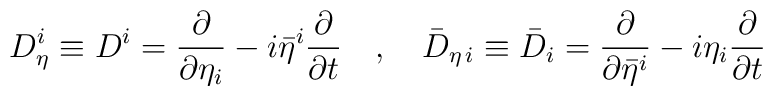
D_\eta^i \equiv D^i =\frac{\partial}{\partial\eta_i}-i\bar\eta^i\frac{\partial}{\partial t}\quad , \quad\bar D_{\eta\,i} \equiv\bar D_i = \frac{\partial}{\partial\bar\eta^i}-i\eta_i\frac{\partial}{\partial t}